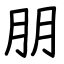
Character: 朋